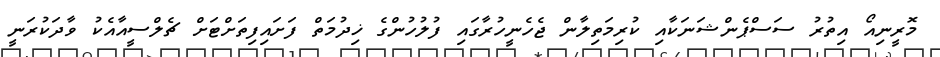
މޮރީނިއޯ އިތުރު ސަސްޕެންޝަނަކާއި ކުރިމަތިލާން ޖެހެނީހުރާގައި ފުލުހުންގެ ޚިދުމަތް ފަށައިފިތަށްޓަށް ޗެލްސީއާއެކު ވާދަކުރަނީ